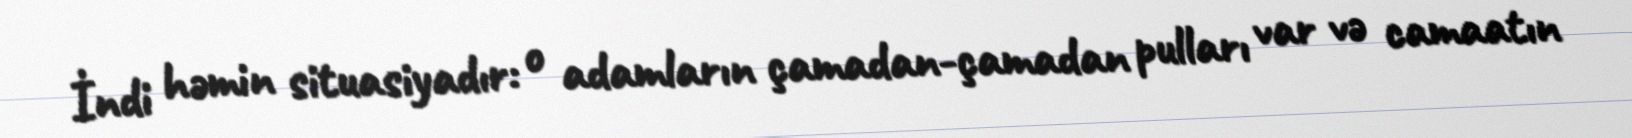
İndi həmin situasiyadır: o adamların çamadan-çamadan pulları var və camaatın